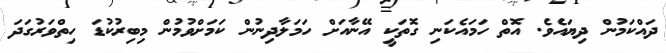
ދައްކަމުން ދިޔައެވެ. އޮތް ހަމައެކަނި ގޮތަކީ އޭނާއަށް ހަމަލާދިނުން ކަމަށްވުމުން މިބިރުކުޑަ ހިތްވަރުގަދަ